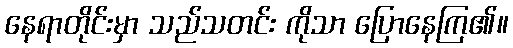
နေရာတိုင်းမှာ သည်သတင်း ကိုသာ ပြောနေကြ၏။